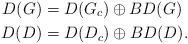
\begin{align*}D(G) & =D(G_{c})\oplus BD(G)\\D(D) & =D(D_{c})\oplus BD(D). \end{align*}